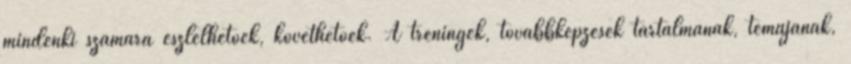
mindenki számára észlelhetőek, követhetőek. A tréningek, továbbképzések tartalmának, témájának,